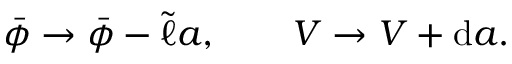
\begin{array} { r } { \bar { \phi } \to \bar { \phi } - \tilde { \ell } a , \qquad V \to V + \mathrm { d } a . } \end{array}